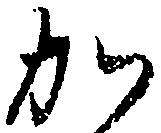
か